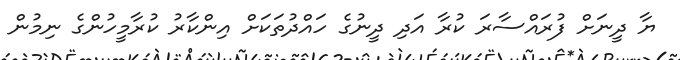
ޔާ ދީނަށް ފުރައްސާރަ ކުރާ އަދި ދީނުގެ ހައްދުތަކަށް އިންކާރު ކުރާމީހުންގެ ނިމުން